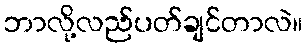
ဘာလို့လည်ပတ်ချင်တာလဲ။